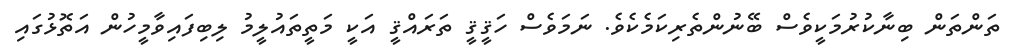
ތަންތަން ބިނާކުރުމަކީވެސް ބޭނުންތެރިކަމެކެވެ. ނަމަވެސް ހަޤީޤީ ތަރައްޤީ އަކީ މަތީތައުލީމު ލިބިފައިވާމީހުން އަތޮޅުގައި